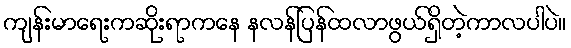
ကျန်းမာရေးကဆိုးရာကနေ နလန်ပြန်ထလာဖွယ်ရှိတဲ့ကာလပါပဲ။